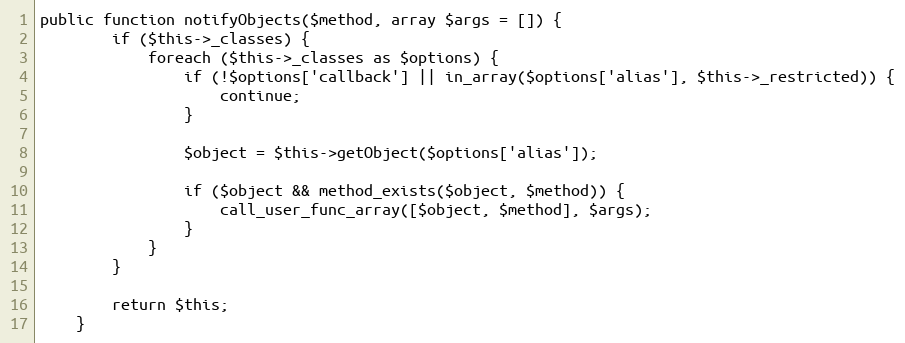
Language: PHP
public function notifyObjects($method, array $args = []) {
        if ($this->_classes) {
            foreach ($this->_classes as $options) {
                if (!$options['callback'] || in_array($options['alias'], $this->_restricted)) {
                    continue;
                }

                $object = $this->getObject($options['alias']);

                if ($object && method_exists($object, $method)) {
                    call_user_func_array([$object, $method], $args);
                }
            }
        }

        return $this;
    }